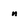
Character: n